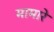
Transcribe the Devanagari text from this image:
मामारे